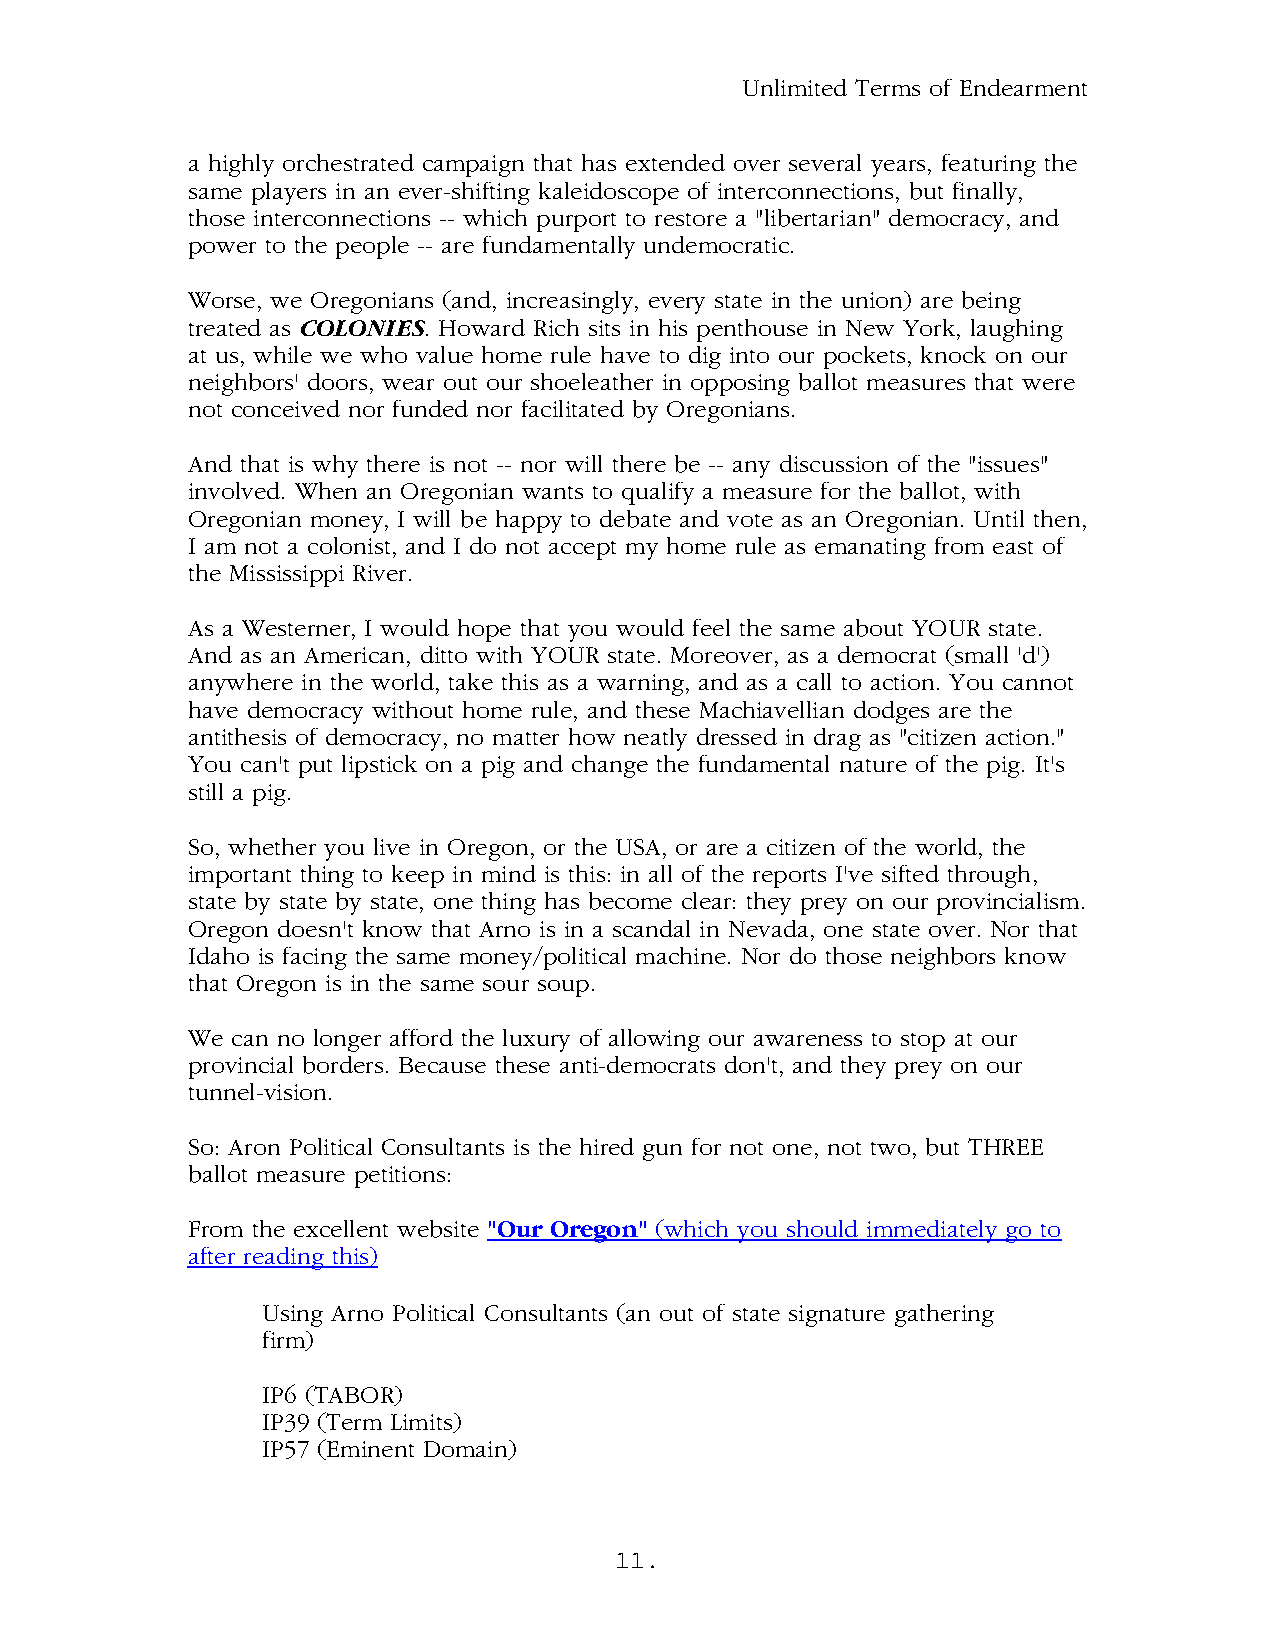
Unlimited Terms of Endearment
 a highly orchestrated campaign that has extended over several years, featuring the
 same players in an ever-shifting kaleidoscope of interconnections, but finally,
 those interconnections -- which purport to restore a "libertarian" democracy, and
 power to the people -- are fundamentally undemocratic.
 Worse, we Oregonians (and, increasingly, every state in the union) are being
 treated as COLONIES. Howard Rich sits in his penthouse in New York, laughing
 at us, while we who value home rule have to dig into our pockets, knock on our
 neighbors' doors, wear out our shoeleather in opposing ballot measures that were
 not conceived nor funded nor facilitated by Oregonians.
 And that is why there is not -- nor will there be -- any discussion of the "issues"
 involved. When an Oregonian wants to qualify a measure for the ballot, with
 Oregonian money, I will be happy to debate and vote as an Oregonian. Until then,
 I am not a colonist, and I do not accept my home rule as emanating from east of
 the Mississippi River.
 As a Westerner, I would hope that you would feel the same about YOUR state.
 And as an American, ditto with YOUR state. Moreover, as a democrat (small 'd')
 anywhere in the world, take this as a warning, and as a call to action. You cannot
 have democracy without home rule, and these Machiavellian dodges are the
 antithesis of democracy, no matter how neatly dressed in drag as "citizen action."
 You can't put lipstick on a pig and change the fundamental nature of the pig. It's
 still a pig.
 So, whether you live in Oregon, or the USA, or are a citizen of the world, the
 important thing to keep in mind is this: in all of the reports I've sifted through,
 state by state by state, one thing has become clear: they prey on our provincialism.
 Oregon doesn't know that Arno is in a scandal in Nevada, one state over. Nor that
 Idaho is facing the same money/political machine. Nor do those neighbors know
 that Oregon is in the same sour soup.
 We can no longer afford the luxury of allowing our awareness to stop at our
 provincial borders. Because these anti-democrats don't, and they prey on our
 tunnel-vision.
 So: Aron Political Consultants is the hired gun for not one, not two, but THREE
 ballot measure petitions:
 From the excellent website "Our Oregon" (which you should immediately go to
 after reading this)
 Using Arno Political Consultants (an out of state signature gathering
 firm)
 IP6 (TABOR)
 IP39 (Term Limits)
 IP57 (Eminent Domain)
 11.